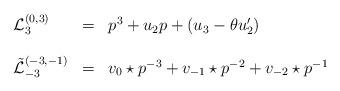
LaTeX: \begin{align*}\begin{array}{lcl}{\mathcal L }_{3}^{(0,3)}&=& p^{3} +u_{2}p+(u_3 -\theta u'_{2})\\\\{\tilde {\mathcal L }}_{-3}^{(-3,-1)}&=& {v_{0}\star p}^{-3} +v_{-1}\star p^{-2} +v_{-2}\star p^{-1}\\\\\end{array}\end{align*}